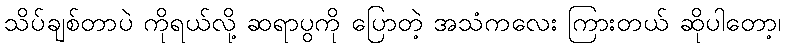
သိပ်ချစ်တာပဲ ကိုရယ်လို့ ဆရာပွကို ပြောတဲ့ အသံကလေး ကြားတယ် ဆိုပါတော့၊